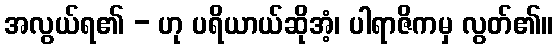
အလွယ်ရ၏ - ဟု ပရိယာယ်ဆိုအံ့၊ ပါရာဇိကမှ လွတ်၏။